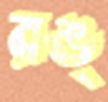
রঙ্